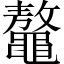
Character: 鼇